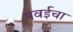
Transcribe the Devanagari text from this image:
पवईचा